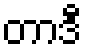
တာဒီ